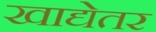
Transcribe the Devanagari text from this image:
खाद्येतर